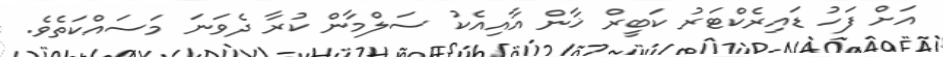
އަށް ފަހު ޑައިރެކްޓަރު ކަބީރް ޚާން އާއިއެކު ސަލްމާން ކުރާ ދެވަނަ މަސައްކަތެވެ.